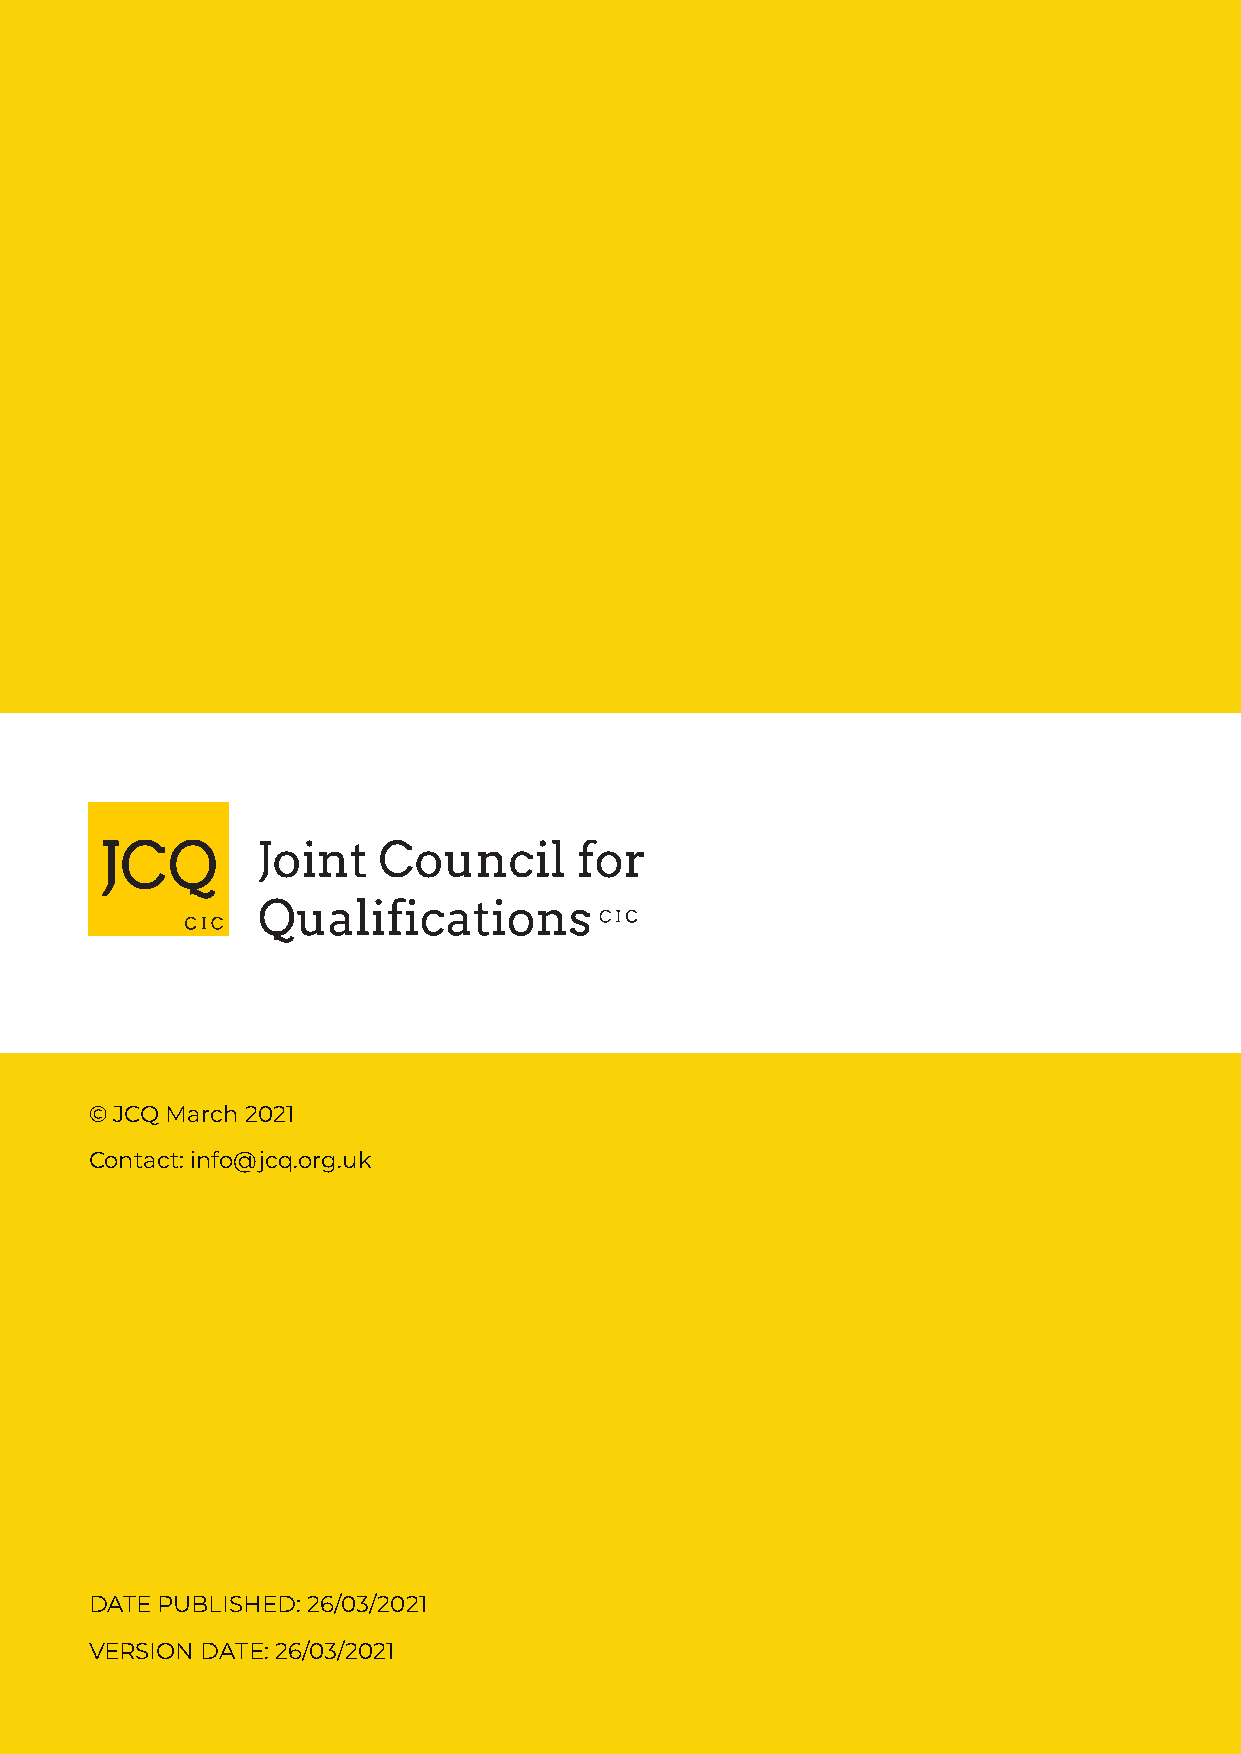
© JCQ March 2021
 Contact: info@jcq.org.uk
 Instructions        for  conducting         examinations
 1 September 2020  to 31 August 2021
 DATE PUBLISHED: 26/03/2021
 FVEoRr SthIOeN a tDteAnTEti:o 2n6 /o0f3 /h2e0a2d1s of centre, senior leaders
 within schools and colleges and examination officers
 9
 Produced on behalf of:
 ©JCQCIC 2020